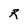
Character: R